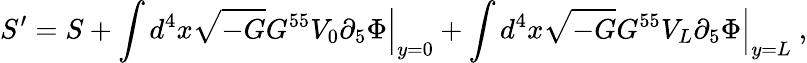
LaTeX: S^{\prime}=S+\int d^{4}x\sqrt{-G}G^{55}V_{0}\partial_{5}\Phi\Bigr|_{y=0}+\int d^{4}x\sqrt{-G}G^{55}V_{L}\partial_{5}\Phi\Bigr|_{y=L}\ ,